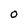
Character: 0